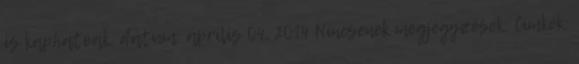
is kaphatóak. dátum: április 04, 2014 Nincsenek megjegyzések: Címkék: